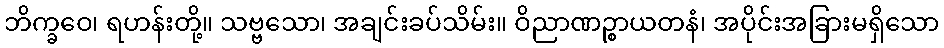
ဘိက္ခဝေ၊ ရဟန်းတို့။ သဗ္ဗသော၊ အချင်းခပ်သိမ်း။ ဝိညာဏဉ္စာယတနံ၊ အပိုင်းအခြားမရှိသော